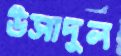
উসাদুল